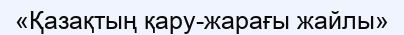
«Қазақтың қару-жарағы жайлы»